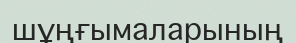
шұңғымаларының